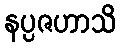
နပ္ပဇဟာသိ